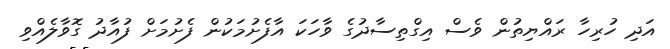
އަދި ހުރިހާ ރައްޔިތުން ވެސް އިގްތިސާދުގެ ވާހަކަ އާފެށުމަކުން ފެށުމަށް ފުއާދު ގޮވާލެއްވި